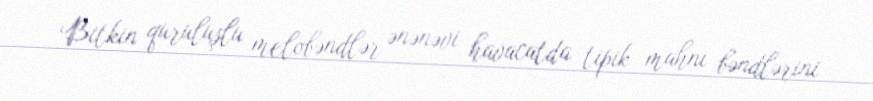
Bitkin quruluşlu melobəndlər ənənəvi havacatda tipik mahnı bəndlərini